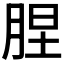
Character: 𦛠